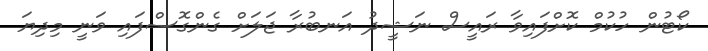
ކޯޓުން ހުކުމް ކޮށްފައިވާ ރައީސް ނަޝީދު އަނބުރާ ޖަލަށް ގެންގޮސްފައި ވަނީ މިދިޔަ